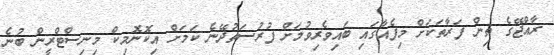
ރާއްޖޭގެ ތިން ފަރާތަކަށް މިފެއާގައި ބައިވެރިވުމަށް ފުރުސަތުދޭނެ ކަމަށް އިކޮނޮމިކް މިނިސްޓްރީން ބުނެ